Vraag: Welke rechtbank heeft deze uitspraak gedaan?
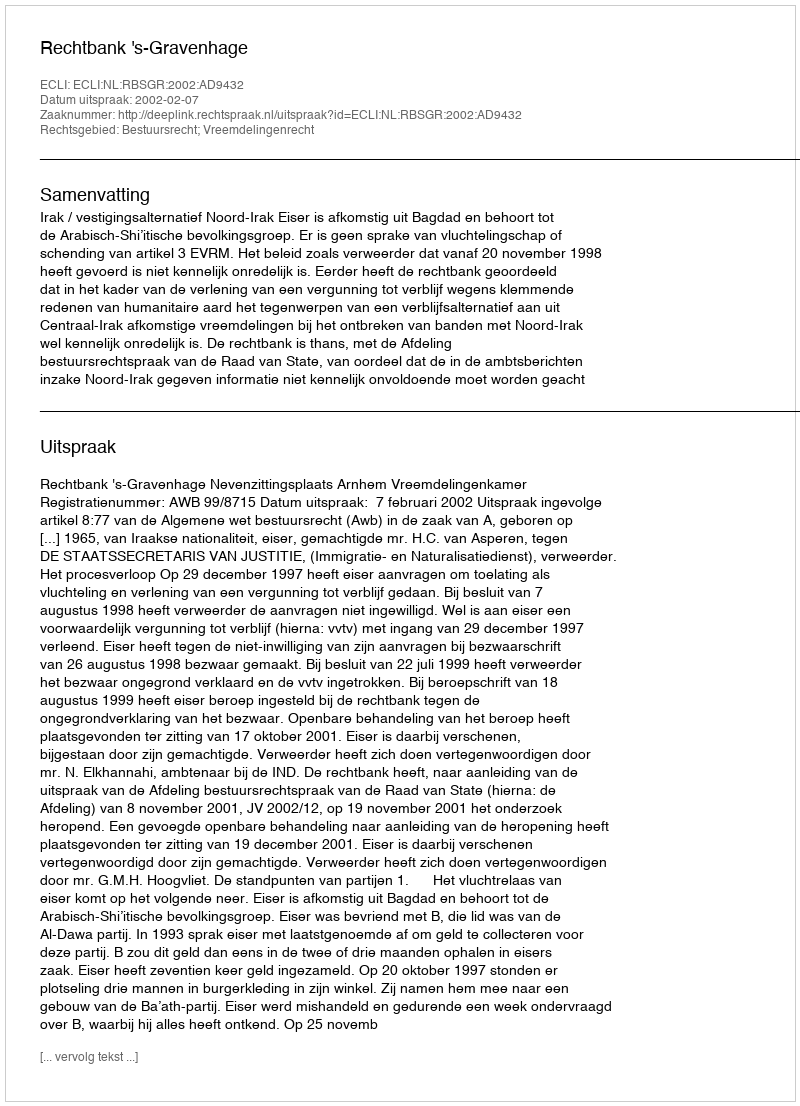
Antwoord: Rechtbank 's-Gravenhage